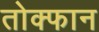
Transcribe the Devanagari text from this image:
तोक्फान